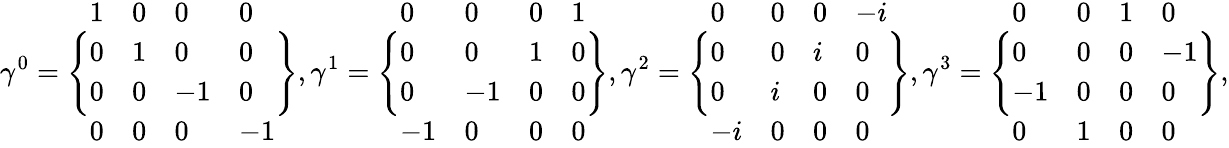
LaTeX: \gamma^{0}=\Biggl\{ \begin{array}{llll}{1}&{0}&{0}&{0}\\ {0}&{1}&{0}&{0}\\ {0}&{0}&{-1}&{0}\\ {0}&{0}&{0}&{-1}\end{array}\Biggr\} ,\gamma^{1}=\Biggl\{ \begin{array}{llll}{0}&{0}&{0}&{1}\\ {0}&{0}&{1}&{0}\\ {0}&{-1}&{0}&{0}\\ {-1}&{0}&{0}&{0}\end{array}\Biggr\} ,\gamma^{2}=\Biggl\{ \begin{array}{llll}{0}&{0}&{0}&{-i}\\ {0}&{0}&{i}&{0}\\ {0}&{i}&{0}&{0}\\ {-i}&{0}&{0}&{0}\end{array}\Biggr\} ,\gamma^{3}=\Biggl\{ \begin{array}{llll}{0}&{0}&{1}&{0}\\ {0}&{0}&{0}&{-1}\\ {-1}&{0}&{0}&{0}\\ {0}&{1}&{0}&{0}\end{array}\Biggr\} ,